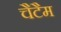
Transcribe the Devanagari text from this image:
चैटैम